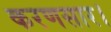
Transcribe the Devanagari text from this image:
करणसार।